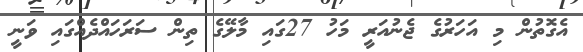
އެގޮތުން މި އަހަރުގެ ޖެނުއަރީ މަހު 27ގައި މާލޭގެ ތިން ސަރަހައްދެއްގައި ވަނީ